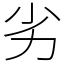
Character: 劣